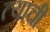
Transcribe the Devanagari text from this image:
त्‍याची